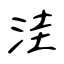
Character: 洼